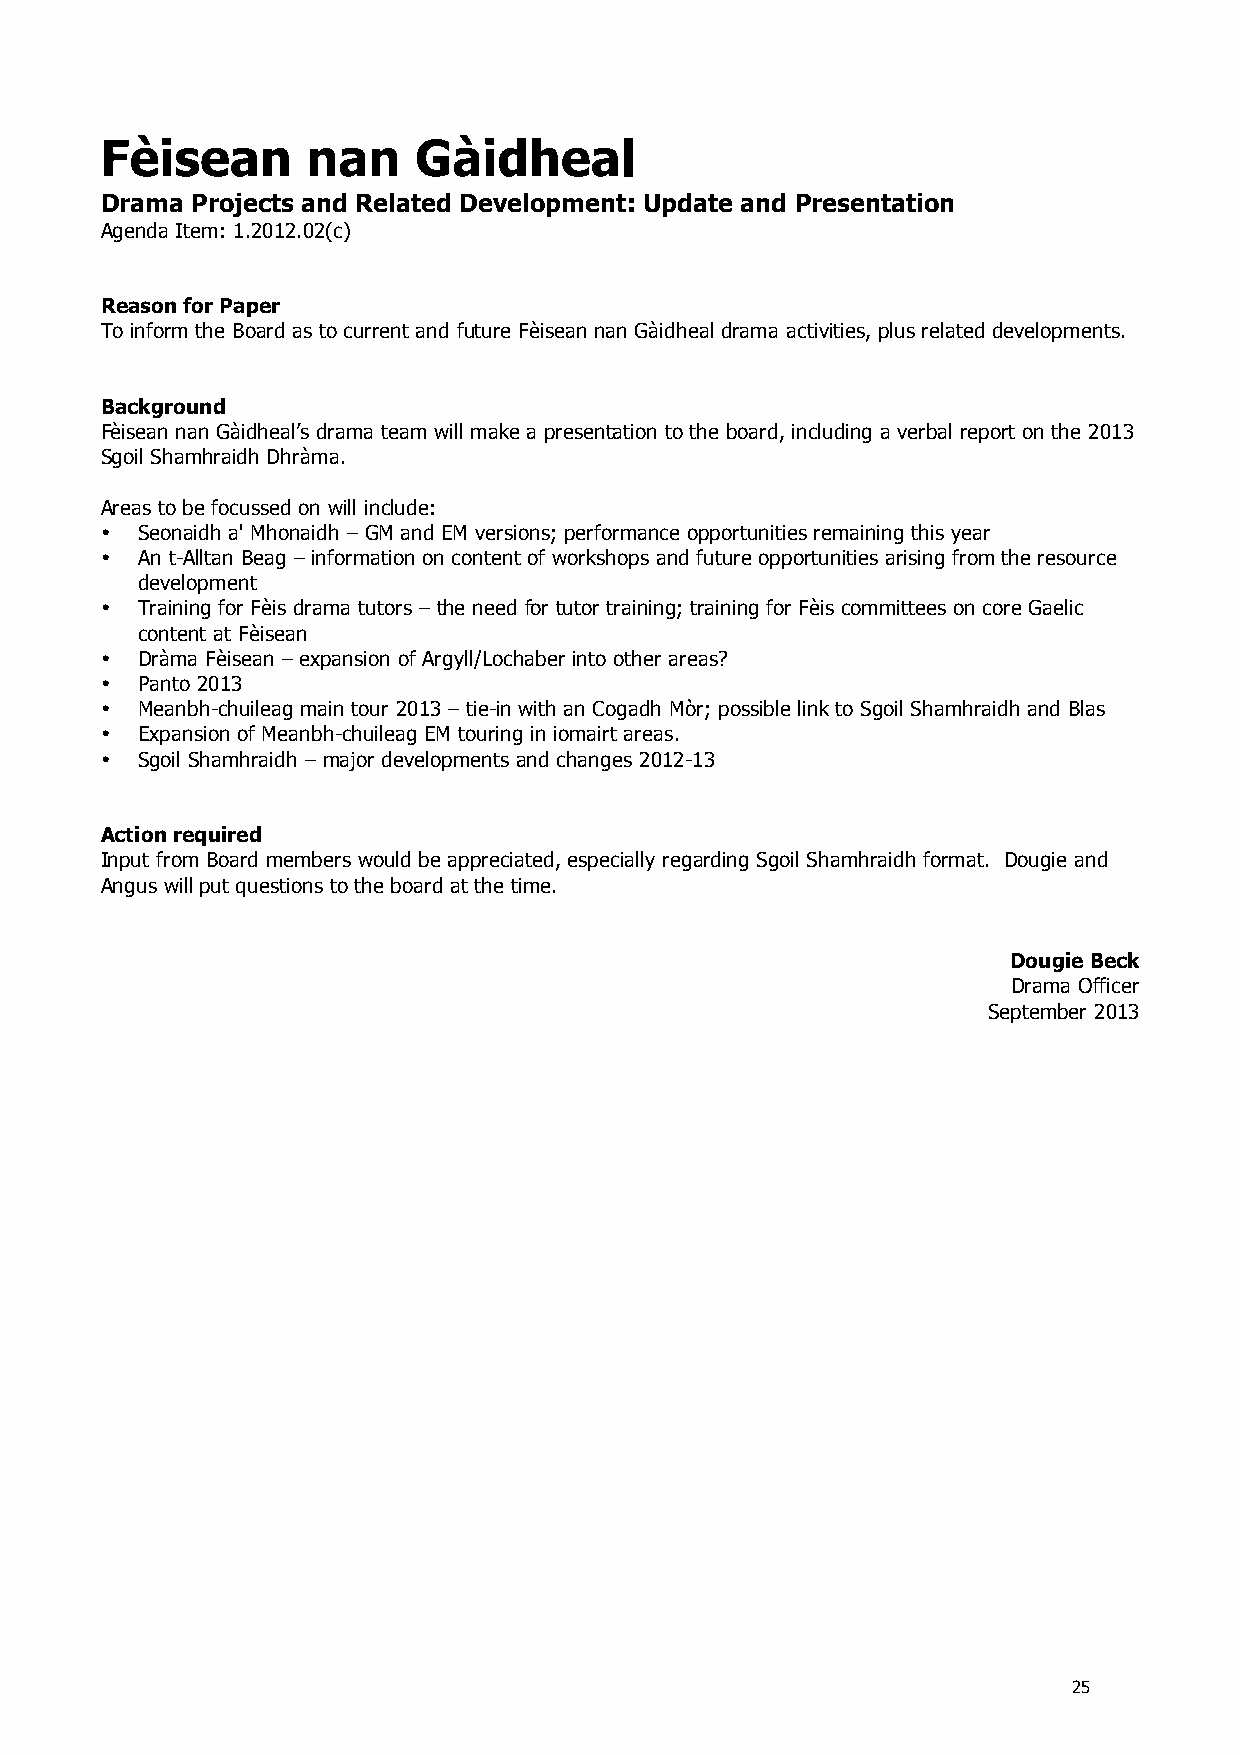
Fèisean      nan    Gàidheal
 Drama Projects and Related Development: Update and Presentation
 Agenda Item: 1.2012.02(c)
 Reason for Paper
 To inform the Board as to current and future Fèisean nan Gàidheal drama activities, plus related developments.
 Background
 Fèisean nan Gàidheal’s drama team will make a presentation to the board, including a verbal report on the 2013
 Sgoil Shamhraidh Dhràma.
 Areas to be focussed on will include:
 • Seonaidh a' Mhonaidh – GM and EM versions; performance opportunities remaining this year
 • An t-Alltan Beag – information on content of workshops and future opportunities arising from the resource
 development
 • Training for Fèis drama tutors – the need for tutor training; training for Fèis committees on core Gaelic
 content at Fèisean
 • Dràma Fèisean – expansion of Argyll/Lochaber into other areas?
 • Panto 2013
 • Meanbh-chuileag main tour 2013 – tie-in with an Cogadh Mòr; possible link to Sgoil Shamhraidh and Blas
 • Expansion of Meanbh-chuileag EM touring in iomairt areas.
 • Sgoil Shamhraidh – major developments and changes 2012-13
 Action required
 Input from Board members would be appreciated, especially regarding Sgoil Shamhraidh format. Dougie and
 Angus will put questions to the board at the time.
 Dougie Beck
 Drama Officer
 September 2013
 25